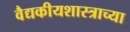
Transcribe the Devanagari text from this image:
वैद्यकीयशास्त्राच्या